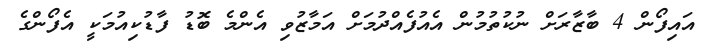
އައިފޯން 4 ބާޒާރަށް ނުކުތުމުން އެއުފެއްދުމަށް އަމާޒުވި އެންމެ ބޮޑު ފާޑުކިއުމަކީ އެފޯންގެ